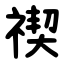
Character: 禊